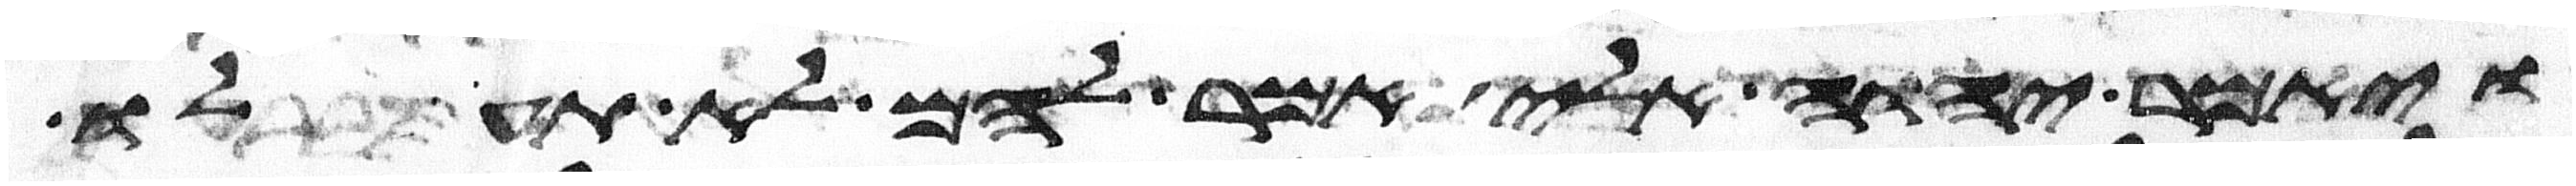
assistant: ויאמר יהוה אלי אמר להם לא תעלו